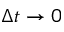
\Delta t \rightarrow 0